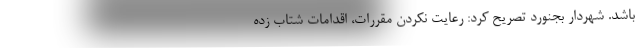
باشد. شهردار بجنورد تصریح کرد: رعایت نکردن مقررات، اقدامات شتاب زده